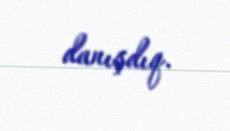
danışdıq.